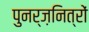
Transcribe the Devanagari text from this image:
पुनर्ज़नित्रों